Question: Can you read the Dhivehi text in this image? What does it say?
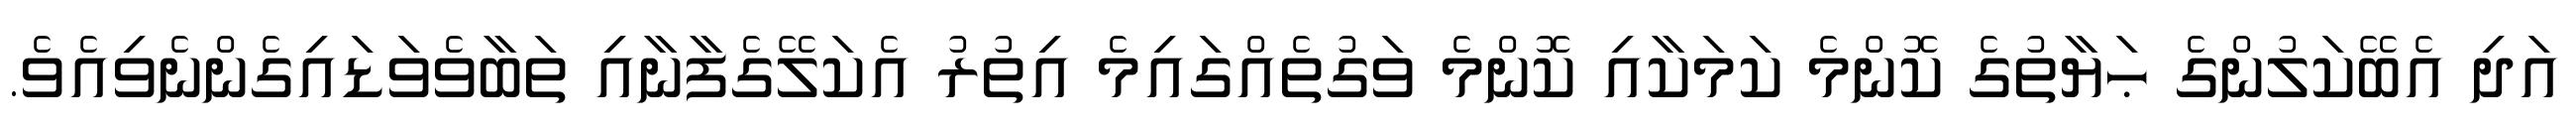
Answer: އަދި އެބޭކަލުންގެ ޙަޔާތުގެ ކޮންމެ ކަމަކާއި ކޮންމެ ވަގުތެއްގައިމެ އިތުރު އެކަލޭގެފާނާއި ތަބާވެވަޑައިގެންނެވިއެވެ.